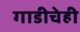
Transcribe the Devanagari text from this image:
गाडीचेही